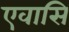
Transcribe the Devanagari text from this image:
एवासि